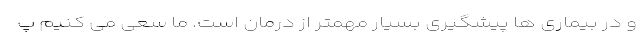
و در بیماری ها پیشگیری بسیار مهمتر از درمان است. ما سعی می کنیم پ